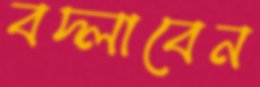
বদ্‌লাবেন